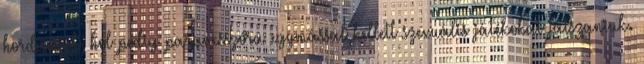
hordaniuk, hol pedig parancsszóra egymással kellett szexuális játékokat játszaniuk.